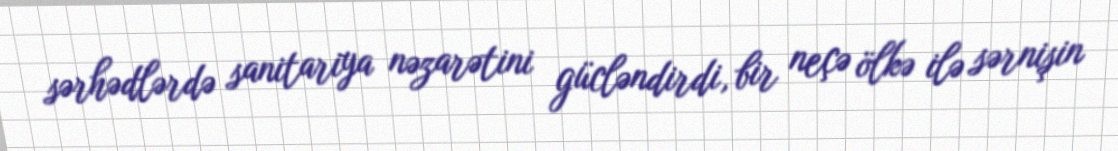
sərhədlərdə sanitariya nəzarətini gücləndirdi, bir neçə ölkə ilə sərnişin